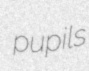
pupils